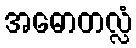
အဓောတလ္လံ